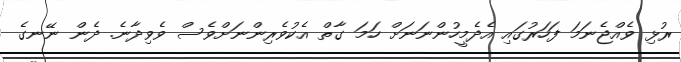
ރުޅި ވެއްޖެނަމަ ފަހަރުގައި އެދެމީހުންނަނަށް ހަމަ ގާތް އެކުވެރިންނަށްވެސް ވެވިދާނެ. ދެން ނޭނގެ